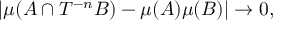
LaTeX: \left| \mu ( A \cap T ^ { - n } B ) - \mu ( A ) \mu ( B ) \right| \to 0 ,